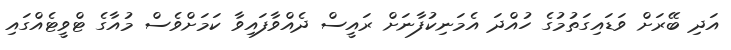
އަދި ބޭރަށް ވަޑައިގަތުމުގެ ހުއްދަ އެމަނިކުފާނަށް ރައީސް ދެއްވާފައިވާ ކަމަށްވެސް މުއާގެ ޓްވީޓެއްގައި